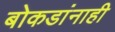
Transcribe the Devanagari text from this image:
बोकडांनाही